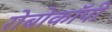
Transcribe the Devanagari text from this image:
रोबोकॉपी